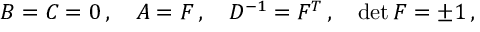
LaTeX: B = C = 0 \, , \quad A = F \, , \quad D ^ { - 1 } = F ^ { T } \, , \quad \operatorname * { d e t } F = \pm 1 \, ,